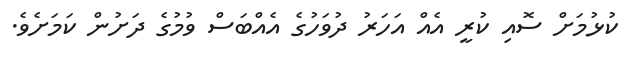
ކުޅުމަށް ސޮއި ކުރީ އެއް އަހަރު ދުވަހުގެ އެއްބަސް ވުމުގެ ދަށުން ކަމަށެވެ.